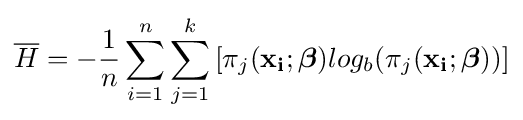
{\overline {H}}=-{\frac {1}{n}}\sum _{i=1}^{n}{\sum _{j=1}^{k}{[\pi _{j}(\mathbf {x_{i}} ;{\boldsymbol {\beta }})log_{b}(\pi _{j}(\mathbf {x_{i}} ;{\boldsymbol {\beta }}))]}}